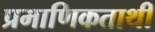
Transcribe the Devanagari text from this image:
प्रमाणिकताथी